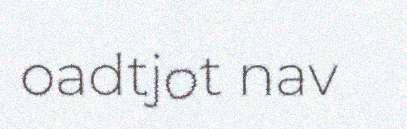
oadtjot nav